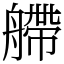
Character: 艜